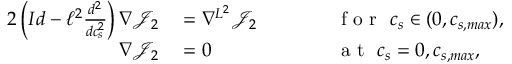
\begin{array} { r l r l } { { 2 } \left( I d - \ell ^ { 2 } \frac { d ^ { 2 } } { d c _ { s } ^ { 2 } } \right) \nabla \mathcal { J } _ { 2 } } & { { } = \nabla ^ { L ^ { 2 } } \mathcal { \mathcal { J } } _ { 2 } } & { \qquad } & { { } \textrm { f o r } \ c _ { s } \in ( 0 , c _ { s , m a x } ) , } \\ { \nabla { \mathcal { J } } _ { 2 } } & { { } = 0 } & { \qquad } & { { } \textrm { a t } \ c _ { s } = 0 , c _ { s , m a x } , } \end{array}